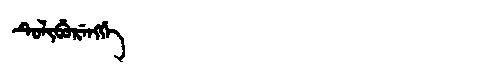
Manchu: ᡨᡠᠯᡳᠪᡠᡵᡝᠩᡤᡝ
Romanization: TULIBURENGGE